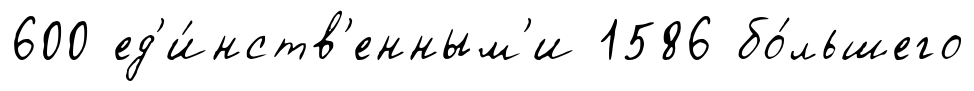
600 ед'и́нств'енным'и 1586 бо́льшего